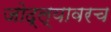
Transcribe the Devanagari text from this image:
जोद्ल्यावरच